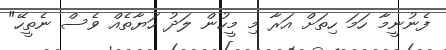
ފެނުނީމާ ހަމަ ހިތަށް އަރާ މި މީހުން ލަދު ހަޔާތެއް ވެސް ނެތީހޭ"